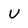
Character: U